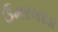
ઉમરખરડા